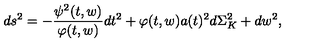
d s ^ { 2 } = - \frac { \psi ^ { 2 } ( t , w ) } { \varphi ( t , w ) } d t ^ { 2 } + \varphi ( t , w ) a ( t ) ^ { 2 } d \Sigma _ { K } ^ { 2 } + d w ^ { 2 } ,